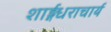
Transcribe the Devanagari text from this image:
शार्ङ्गधराचार्य